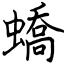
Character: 蟜